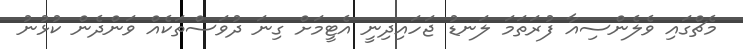
މެޗްގައި ވެލެންސިއާ ފުރަތަމަ ލަނޑު ޖަހައިދިނީ އެޓީމަށް ގިނަ ދުވަސްތަކެއް ވަންދެން ކުޅުނު